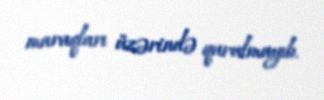
maraqları üzərində qurulmayıb.